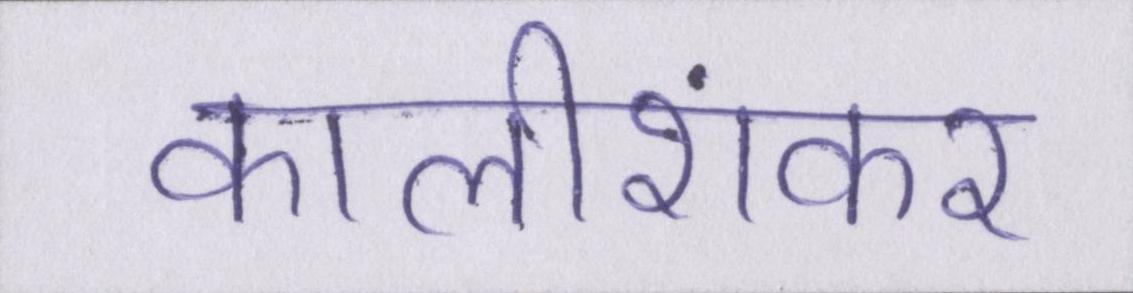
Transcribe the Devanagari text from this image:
कालीशंकर